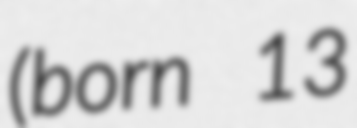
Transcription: (born 13